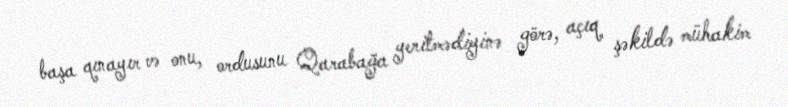
başa qınayır və onu, ordusunu Qarabağa yeritmədiyinə görə, açıq şəkildə mühakim